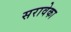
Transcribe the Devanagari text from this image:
सरावेका